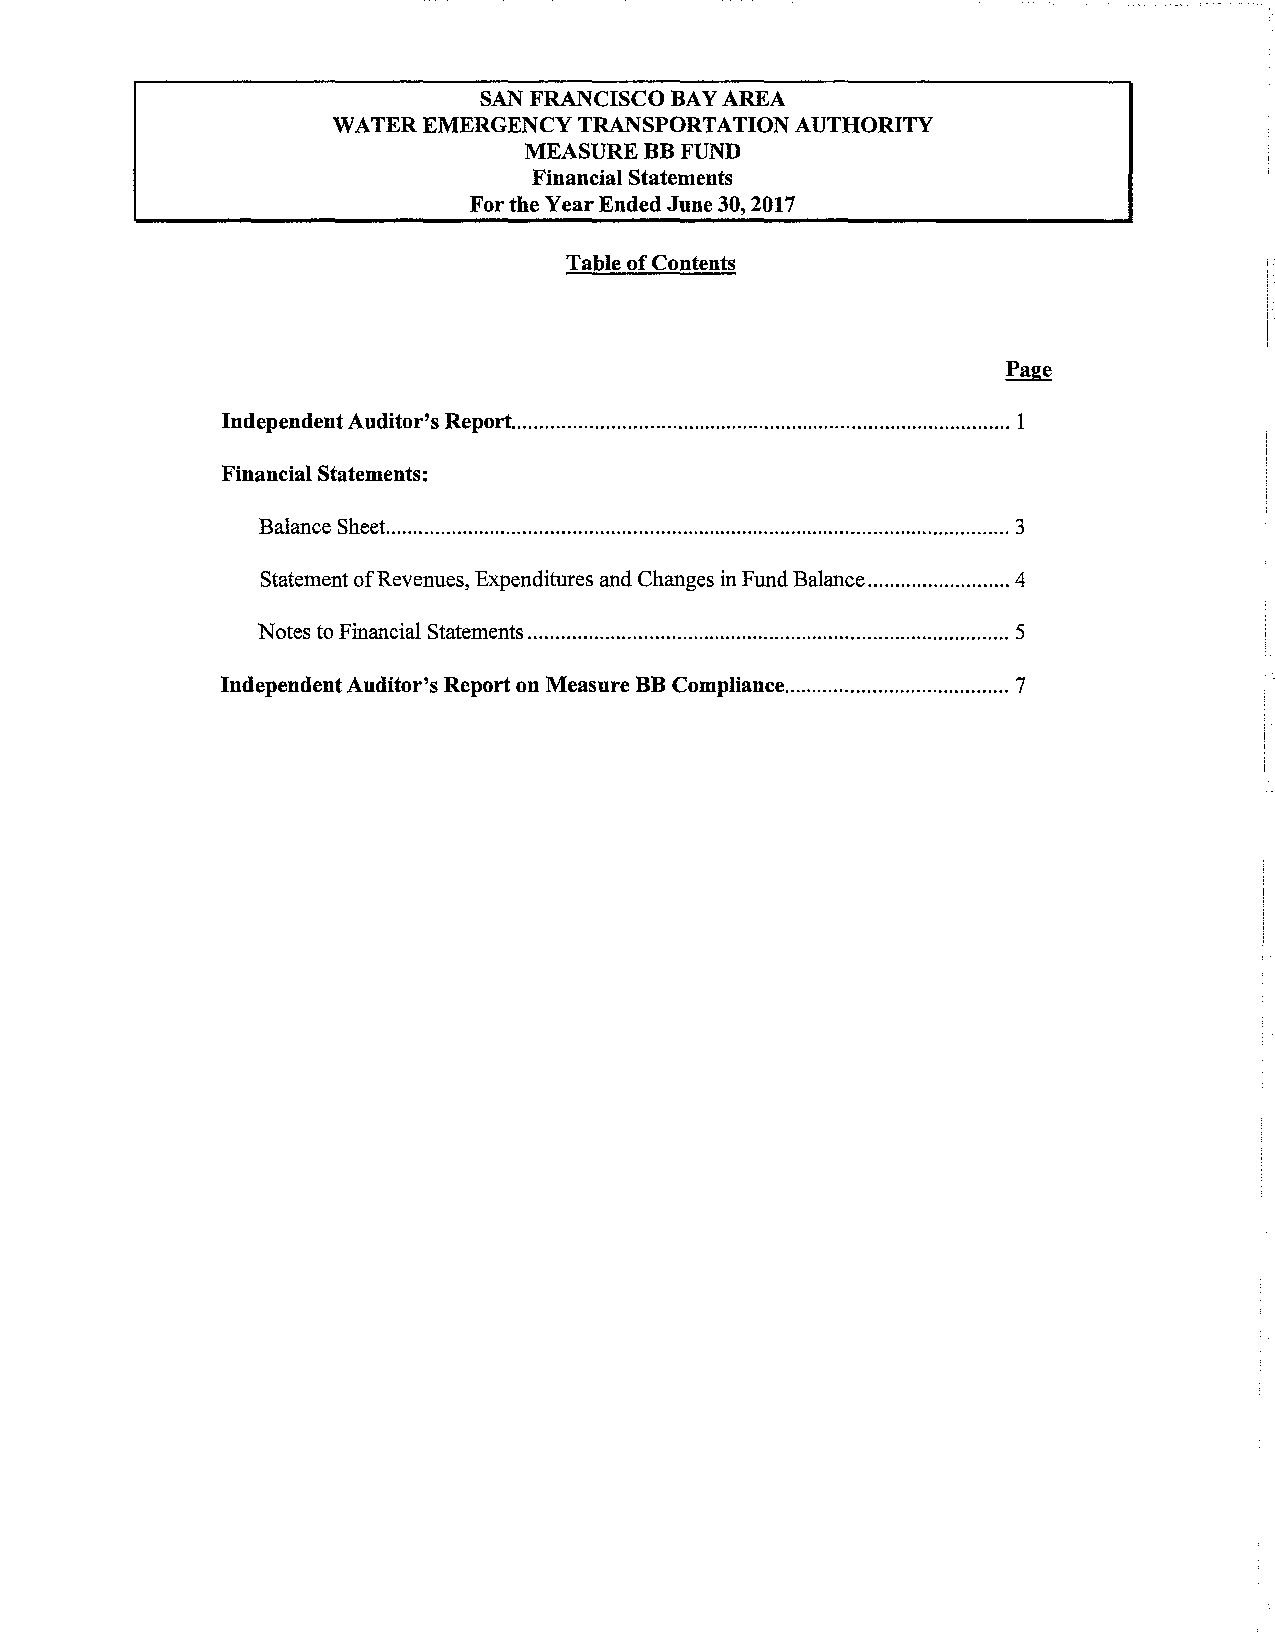
SAN FRANCISCO BAY AREA
 WATER EMERGENCY  TRANSPORTATION AUTHORITY
 MEASURE BB FUND
 Financial Statements
 For the Year Ended June 30, 2017
 Table of Contents
 Independent Auditor's Report. .......................................................................................... 1
 Financial Statements:
 Balance Sheet. ................................................................................................................. 3
 Statement of Revenues, Expenditures and Changes in Fund Balance .......................... 4
 Notes to Financial Statements ........................................................................................ 5
 Independent Auditor's Report on Measure BB Compliance ......................................... 7